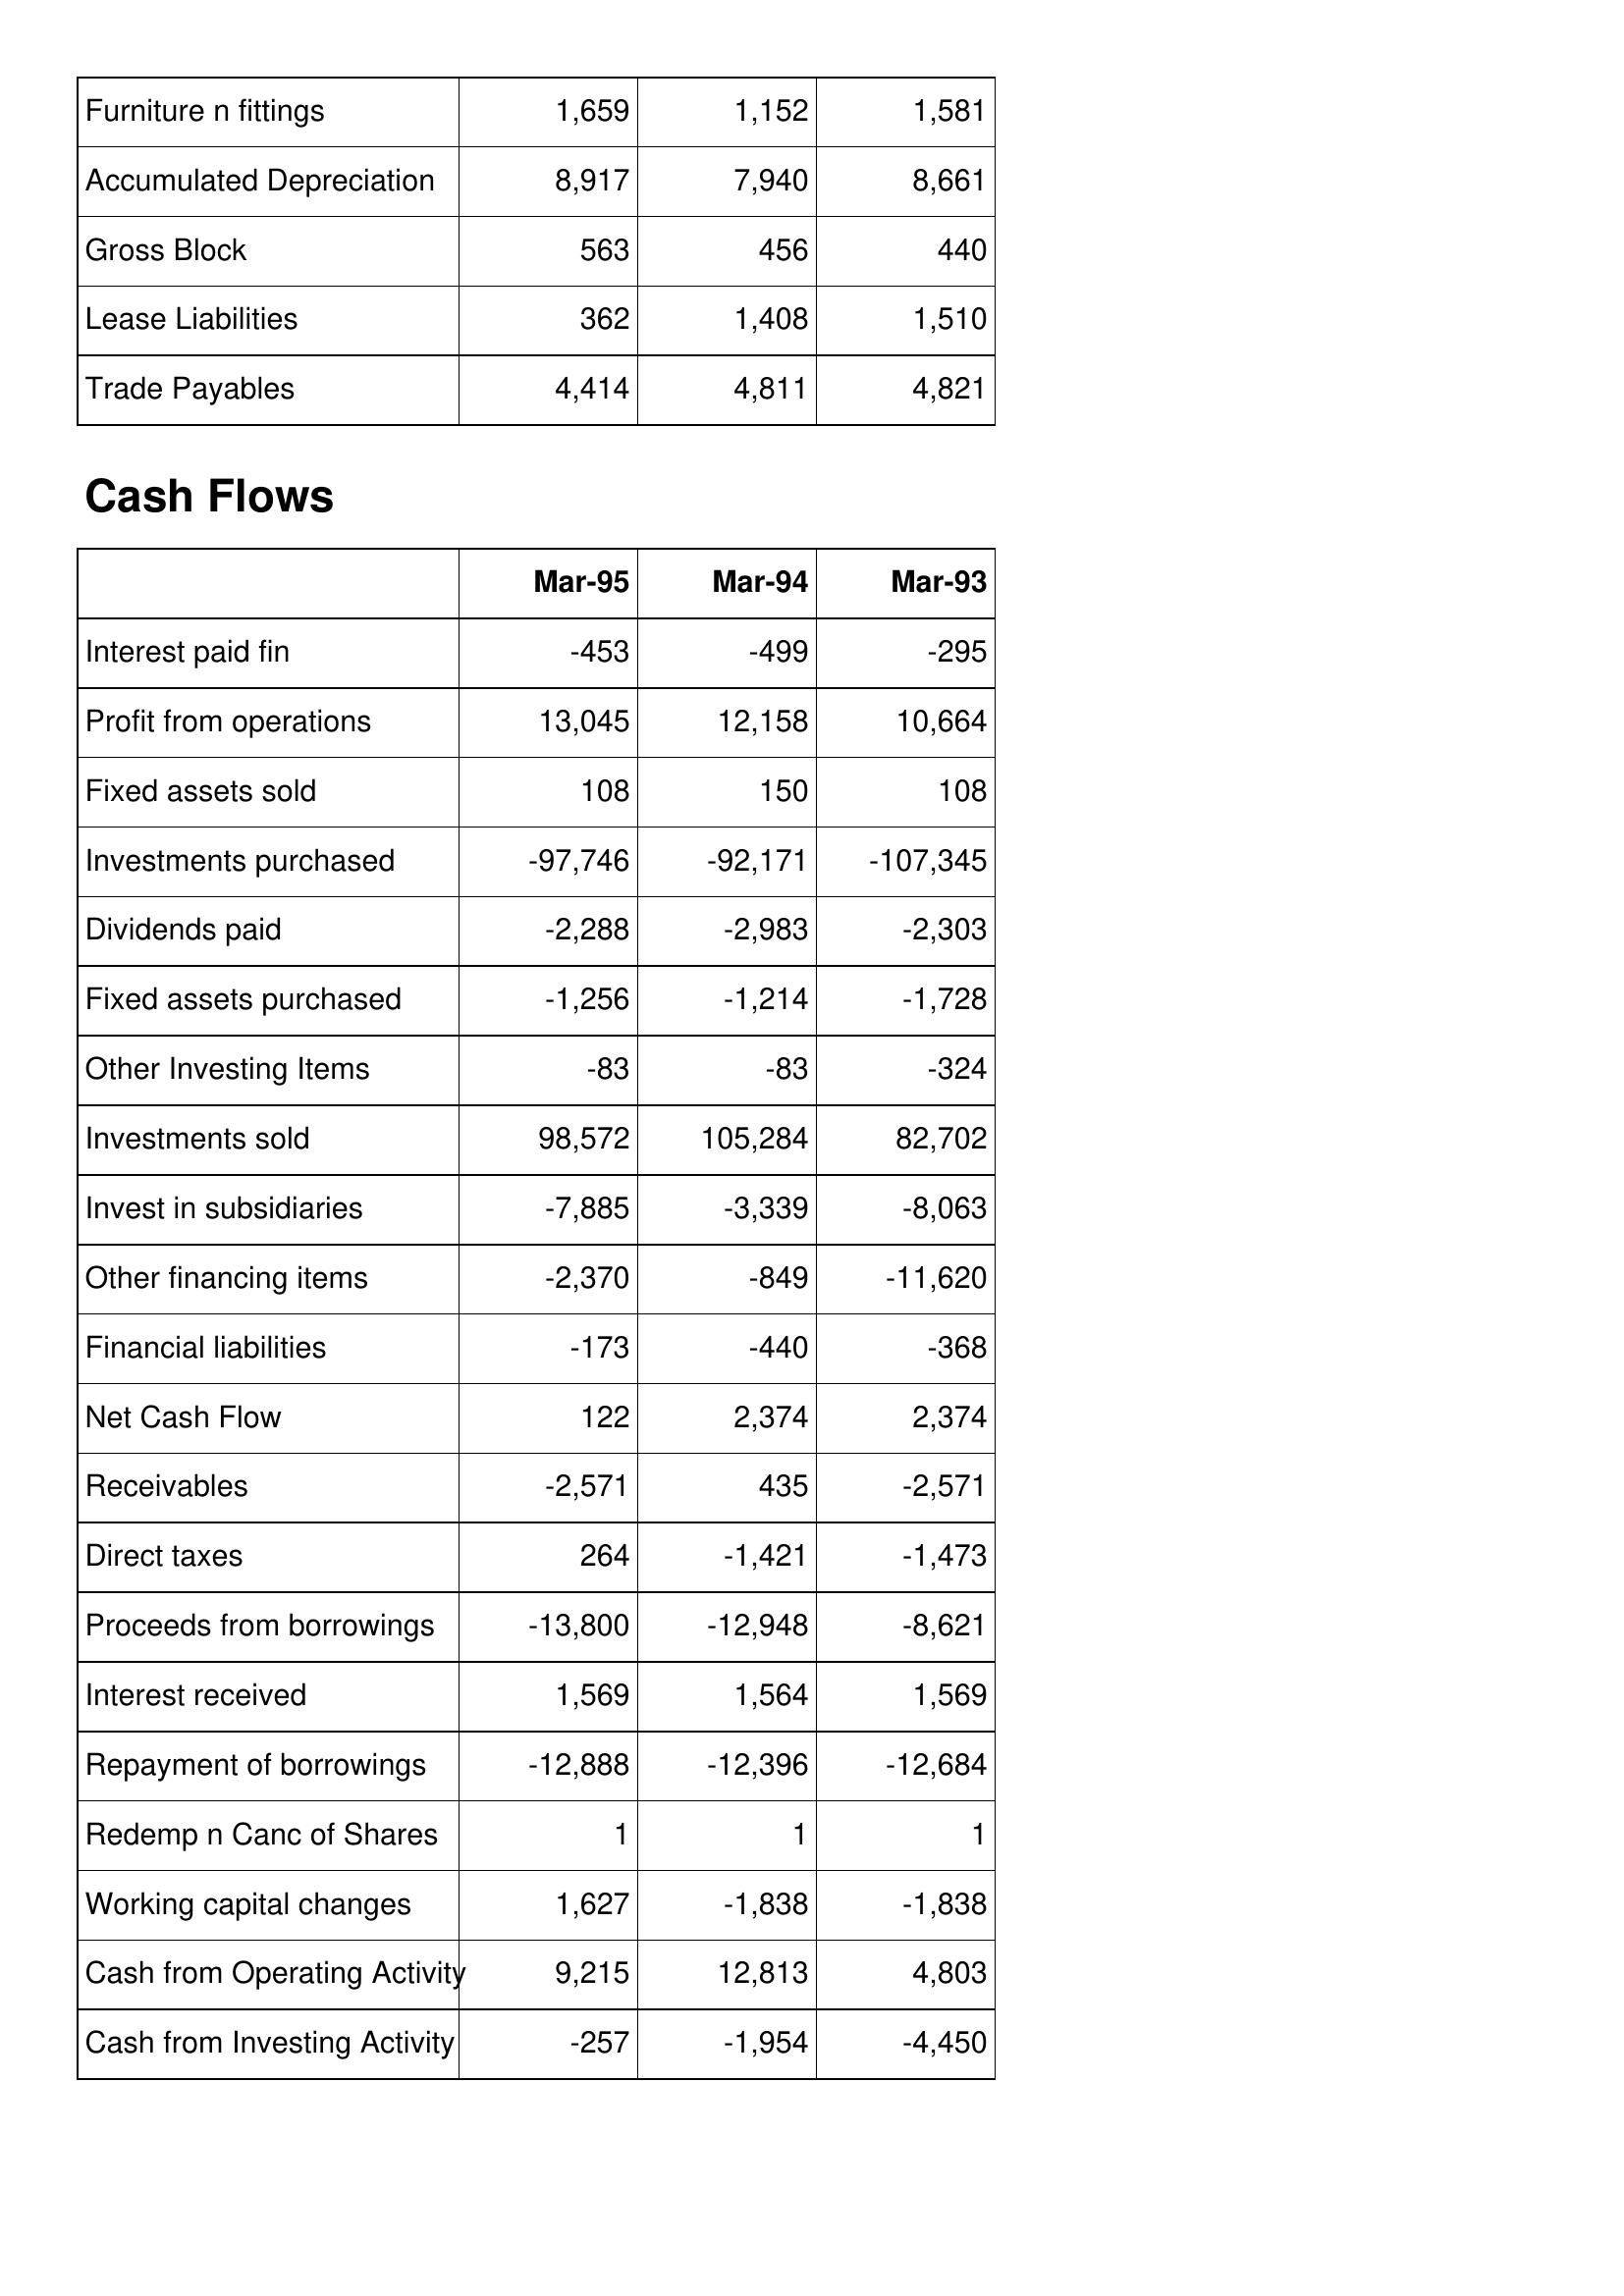
Mar-95: Balance Sheet: Furniture n fittings: 1,659
Accumulated Depreciation: 8,917
Gross Block: 563
Lease Liabilities: 362
Trade Payables: 4,414
Cash Flows: Interest paid fin: -453
Profit from operations: 13,045
Fixed assets sold: 108
Investments purchased: -97,746
Dividends paid: -2,288
Fixed assets purchased: -1,256
Other Investing Items: -83
Investments sold: 98,572
Invest in subsidiaries: -7,885
Other financing items: -2,370
Financial liabilities: -173
Net Cash Flow: 122
Receivables: -2,571
Direct taxes: 264
Proceeds from borrowings: -13,800
Interest received: 1,569
Repayment of borrowings: -12,888
Redemp n Canc of Shares: 1
Working capital changes: 1,627
Cash from Operating Activity: 9,215
Cash from Investing Activity: -257
Mar-94: Balance Sheet: Furniture n fittings: 1,152
Accumulated Depreciation: 7,940
Gross Block: 456
Lease Liabilities: 1,408
Trade Payables: 4,811
Cash Flows: Interest paid fin: -499
Profit from operations: 12,158
Fixed assets sold: 150
Investments purchased: -92,171
Dividends paid: -2,983
Fixed assets purchased: -1,214
Other Investing Items: -83
Investments sold: 105,284
Invest in subsidiaries: -3,339
Other financing items: -849
Financial liabilities: -440
Net Cash Flow: 2,374
Receivables: 435
Direct taxes: -1,421
Proceeds from borrowings: -12,948
Interest received: 1,564
Repayment of borrowings: -12,396
Redemp n Canc of Shares: 1
Working capital changes: -1,838
Cash from Operating Activity: 12,813
Cash from Investing Activity: -1,954
Mar-93: Balance Sheet: Furniture n fittings: 1,581
Accumulated Depreciation: 8,661
Gross Block: 440
Lease Liabilities: 1,510
Trade Payables: 4,821
Cash Flows: Interest paid fin: -295
Profit from operations: 10,664
Fixed assets sold: 108
Investments purchased: -107,345
Dividends paid: -2,303
Fixed assets purchased: -1,728
Other Investing Items: -324
Investments sold: 82,702
Invest in subsidiaries: -8,063
Other financing items: -11,620
Financial liabilities: -368
Net Cash Flow: 2,374
Receivables: -2,571
Direct taxes: -1,473
Proceeds from borrowings: -8,621
Interest received: 1,569
Repayment of borrowings: -12,684
Redemp n Canc of Shares: 1
Working capital changes: -1,838
Cash from Operating Activity: 4,803
Cash from Investing Activity: -4,450